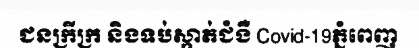
ជនក្រីក្រ និងទប់ស្កាត់ជំងឺ Covid-19ភ្នំពេញ